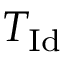
T _ { \mathrm { I d } }